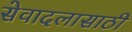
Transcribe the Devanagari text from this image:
सेवादलासाठी